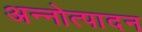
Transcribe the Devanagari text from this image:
अन्नोत्पादन